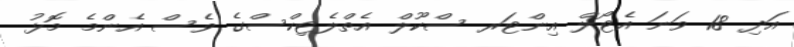
އަދި 18 ވަނަ އެޓޯލް އިންޓަރ ސްކޫލް އެތްލެޓިކްސްގެ ވެސް އެންމެ މޮޅު